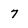
Character: 7